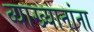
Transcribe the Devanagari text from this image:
व्याख्यानांना